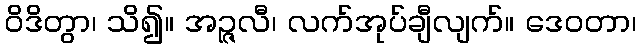
ဝိဒိတွာ၊ သိ၍။ အဉ္ဇလီ၊ လက်အုပ်ချီလျက်။ ဒေဝတာ၊